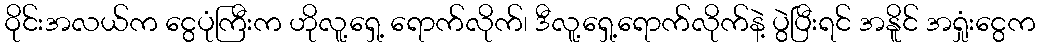
ဝိုင်းအလယ်က ငွေပုံကြီးက ဟိုလူ့ရှေ့ ရောက်လိုက်၊ ဒီလူ့ရှေ့ရောက်လိုက်နဲ့ ပွဲပြီးရင် အနိူင် အရှုံးငွေက